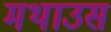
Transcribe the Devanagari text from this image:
मथाउस